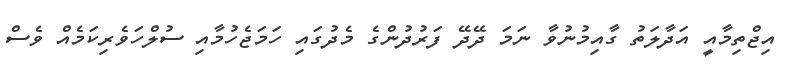
އިޖްތިމާއީ އަދާލަތު ގާއިމުނުވާ ނަމަ ދޭދޭ ފަރުދުންގެ މެދުގައި ހަމަޖެހުމާއި ސުލްހަވެރިކަމެއް ވެސް